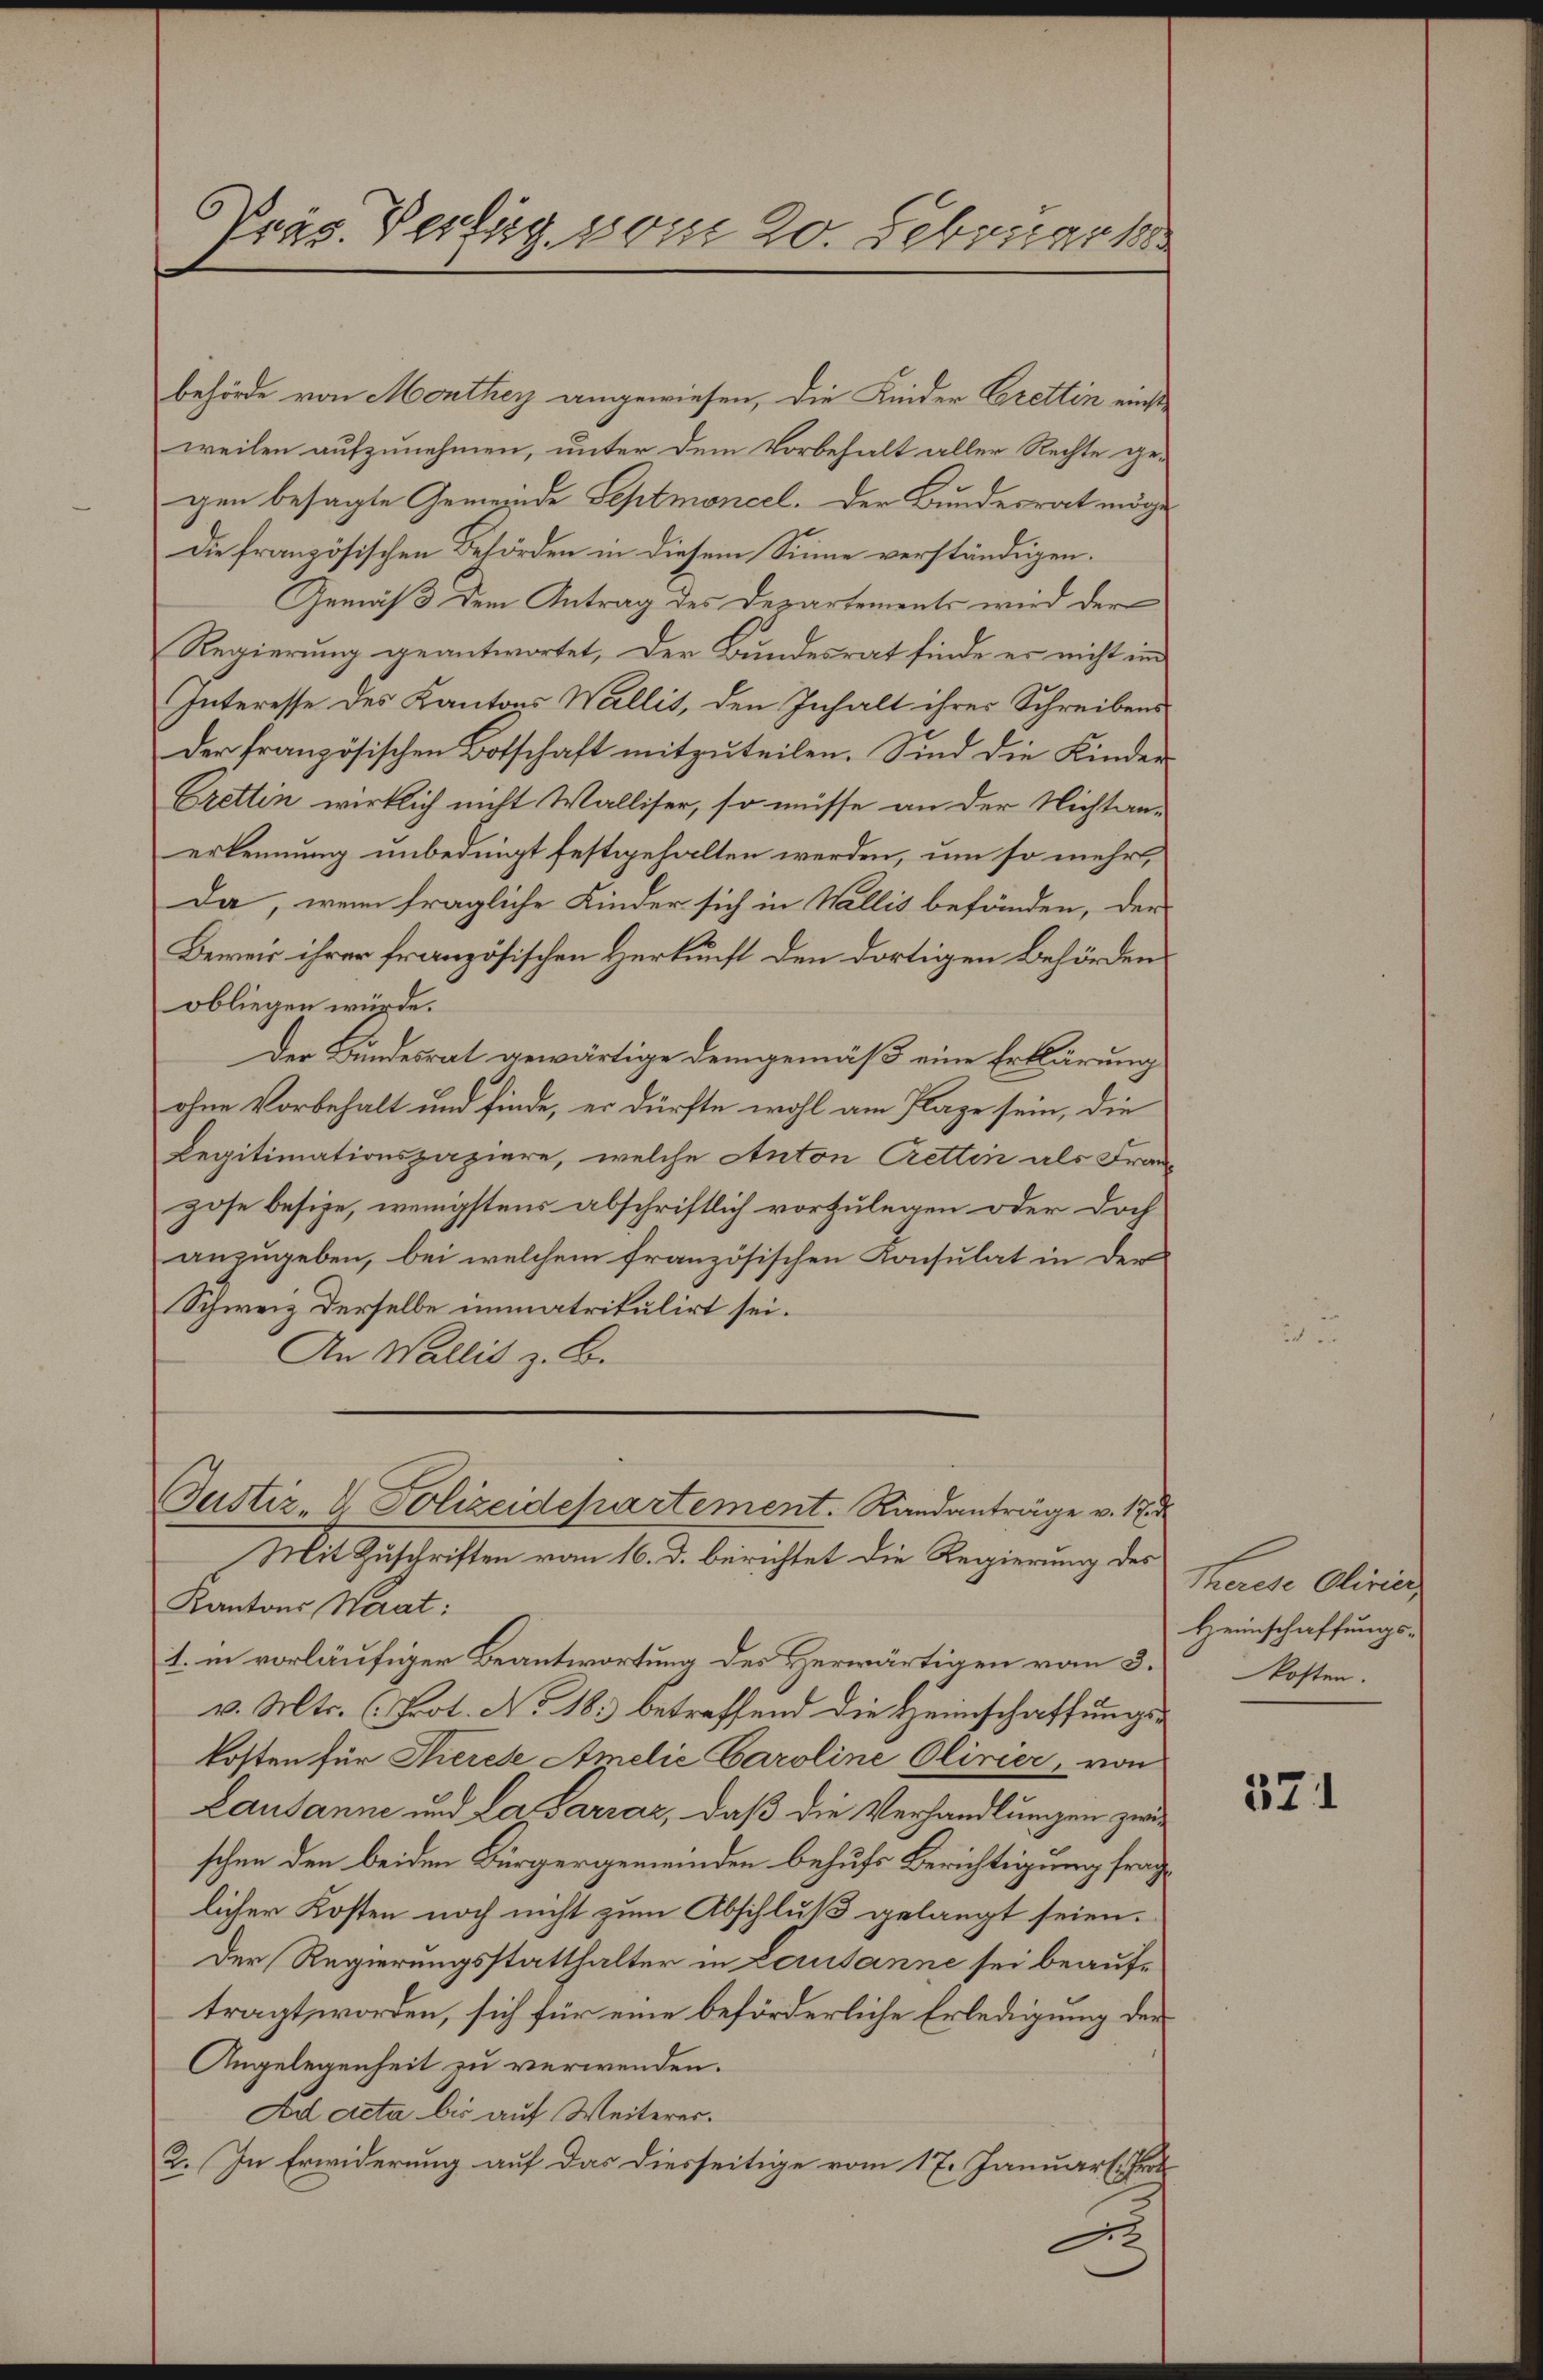
behörde von Monthey angewiesen, die Kinder Crettin einst
weilen aufzunehmen, unter dem Vorbehalt aller Rechte ge-
gen besagte Gemeinde Septmoncel. Der Bundesrat möge
Die französischen Behörden in diesem Sinne verständigen.
Gemäß dem Antrag des Departements wird der
Regierung geantwortet, der Bundesrat finde er nicht im
Interesse des Kantons Wallis, den Inhalt ihrer Schreibens
Der französischen Botschaft mitzuteilen. Sind die Kinder¬
Crettin wirklich nicht Walliser, so müsse an der Nichtan-
erkennung unbedingt festgehalten werden, um so mehrt,
Da, wenn fragliche Kinder sich in Wallis befänden, der
Beweis ihrer französischen Herkunft den dortigen Behörden
obliegen würde.
Der Bundesrat gewärtige demgemäß eine Erklärung
ohne Vorbehalt und finde, er dürfte wohl am Plage sein, die
Legitimationspaziere, welche Anton Crettin als Franzose besize, wenigstens abschriftlich vorzulegen oder doch
anzugeben, bei welchem französischen Konsulat in der
Schweiz derselbe immatrikulirt sei.
An Wallis z. B.

Präs. Vertig vom 20. Februar 18

Justiz- & Polizeidepartement. Randanträge v. 17.

Mit Zuschriften vom 16. d. berichtet die Regierung des
Kantons Werat:
1. in vorläufiger Beantwortung des Herwärtigen vom 3.
v. Mts. (Prot. No 18. betreffend die Heimschaffungskosten für Therese Amelić Caroline Olivier, von
Lausanne und La Sarrar, daß die Verhandlungen zwischen den beiden Bürgergemeinden behufs Berichtigung fraglicher Kosten noch nicht zum Abschluß gelangt seien.
Der Regierungsstatthalter in Lerusanne sei beauftragt worden, sich für eine beförderliche Erledigung der
Angelegenheit zu verwenden.
Ad Acta bis auf Weiterer.
2. In Erwiderung auf das diesseitige vom 17. Januar. Pro
A

Therese Olivie
Heimschaffungs-
kosten.

371